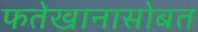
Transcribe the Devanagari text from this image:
फतेखानासोबत